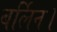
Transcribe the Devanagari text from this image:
बर्लिन।